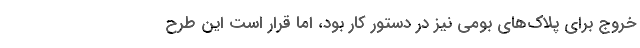
خروج برای پلاک‌های بومی نیز در دستور کار بود، اما قرار است این طرح